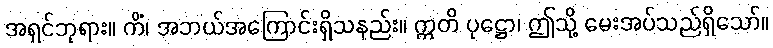
အရှင်ဘုရား။ ကိံ၊ အဘယ်အကြောင်းရှိသနည်း။ ဣတိ ပုဋ္ဌော၊ ဤသို့ မေးအပ်သည်ရှိသော်။